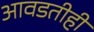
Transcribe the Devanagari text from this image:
आवडतीही